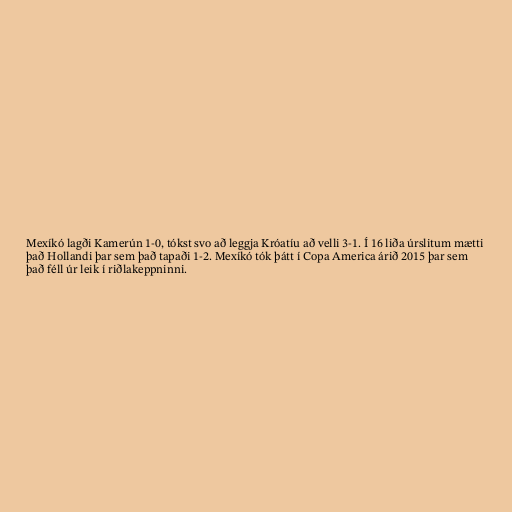
Mexíkó lagði Kamerún 1-0, tókst svo að leggja Króatíu að velli 3-1. Í 16 liða úrslitum mætti
það Hollandi þar sem það tapaði 1-2. Mexíkó tók þátt í Copa America árið 2015 þar sem
það féll úr leik í riðlakeppninni.